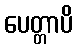
ပေတ္တာပိ